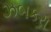
ઝબકરા